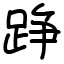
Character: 踭